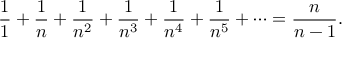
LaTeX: { \frac { 1 } { 1 } } + { \frac { 1 } { n } } + { \frac { 1 } { n ^ { 2 } } } + { \frac { 1 } { n ^ { 3 } } } + { \frac { 1 } { n ^ { 4 } } } + { \frac { 1 } { n ^ { 5 } } } + \cdots = { \frac { n } { n - 1 } } .